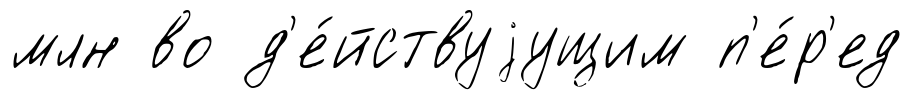
млн во д'е́йствуjущим п'е́р'ед